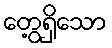
တွေ့ရှိသော